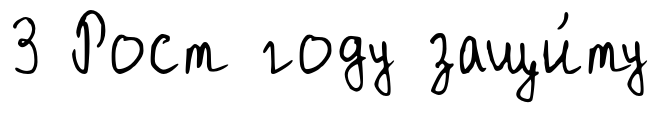
3 Рост году защи́ту